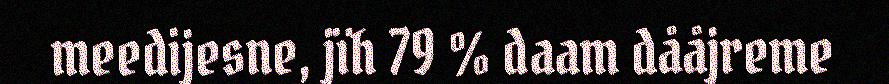
meedijesne, jïh 79 % daam dååjreme